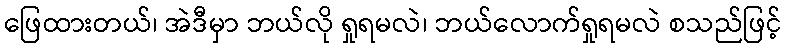
ဖြေထားတယ်၊ အဲဒီမှာ ဘယ်လို ရှုရမလဲ၊ ဘယ်လောက်ရှုရမလဲ စသည်ဖြင့်